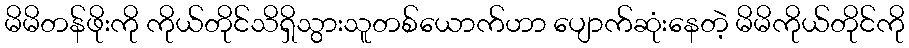
မိမိတန်ဖိုးကို ကိုယ်တိုင်သိရှိသွားသူတစ်ယောက်ဟာ ပျောက်ဆုံးနေတဲ့ မိမိကိုယ်တိုင်ကို